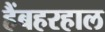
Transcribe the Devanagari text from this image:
हैंबहरहाल